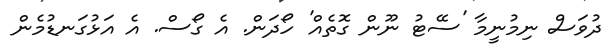
ދުވަސް ނިމުނީމާ 'ސޭޓު ނޫން ގޮތެއް' ހޯދަން. އެ ގޯސް. އެ އަޅުގަނޑުމެން